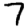
Digit: 7